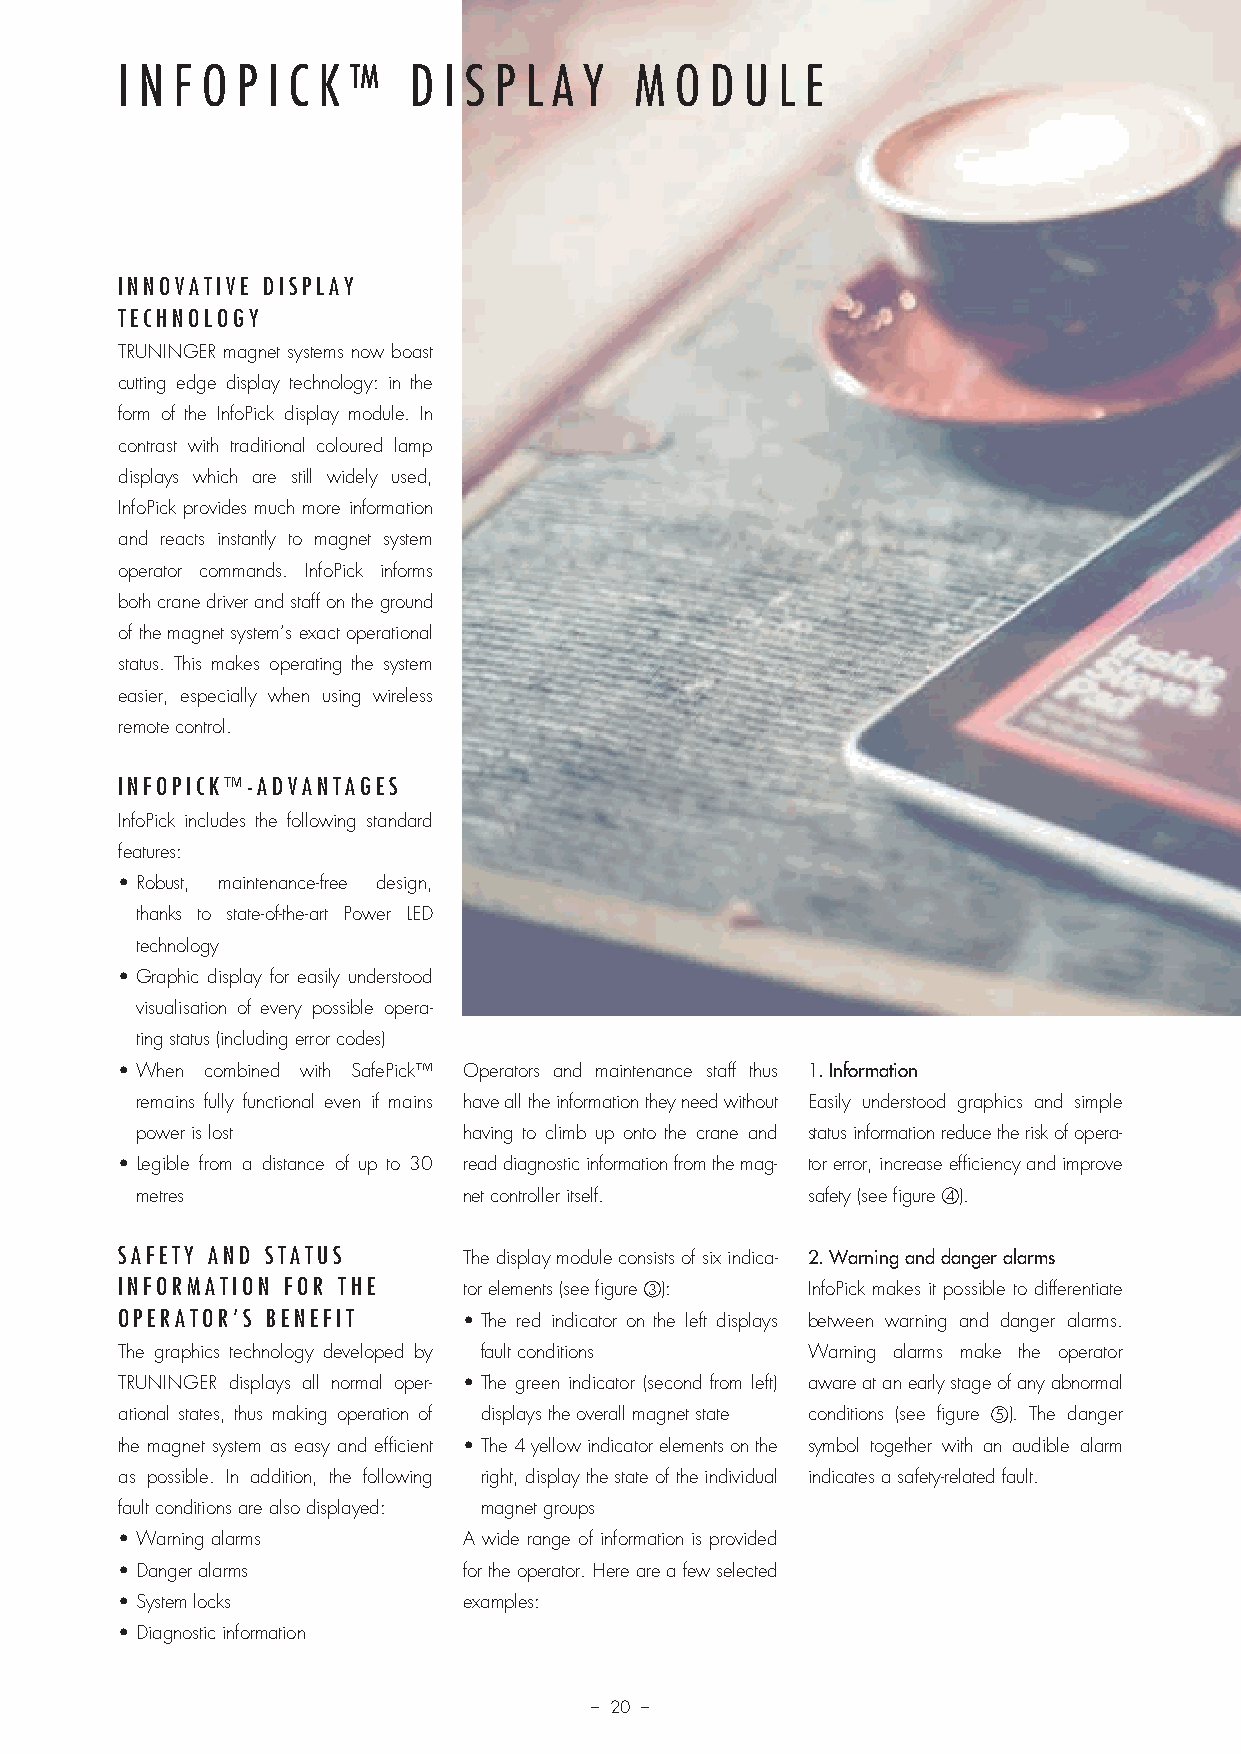
I N F O P I C K ™  D I S P L A Y  M  O D U L E
 INNOVATIVE DISPLAY
 TECHNOLOGY
 TRUNINGER magnet systems now boast
 cutting edge display technology: in the
 form of the InfoPick display module. In
 contrast with traditional coloured lamp
 displays which are still widely used,
 InfoPick provides much more information
 and reacts instantly to magnet system
 operator commands. InfoPick informs
 both crane driver and staff on the ground
 of the magnet system’s exact operational
 status. This makes operating the system
 easier, especially when using wireless
 remote control.
 INFOPICK™-ADVANTAGES
 InfoPick includes the following standard
 features:
 • Robust, maintenance-free design,
 thanks to state-of-the-art Power LED
 technology
 • Graphic display for easily understood
 visualisation of every possible opera-
 ting status (including error codes)
 • When combined with SafePick™ Operators and maintenance staff thus 1. Information
 remains fully functional even if mains have all the information they need without Easily understood graphics and simple
 power is lost         having to climb up onto the crane and status information reduce the risk of opera-
 • Legible from a distance of up to 30 read diagnostic information from the mag- tor error, increase efficiency and improve
 metres                net controller itself. safety (see figure 4).
 SAFETY AND STATUS      The display module consists of six indica- 2. Warning and danger alarms
 INFORMATION FOR THE    tor elements (see figure 3): InfoPick makes it possible to differentiate
 OPERATOR’S BENEFIT     • The red indicator on the left displays between warning and danger alarms.
 The graphics technology developed by fault conditions Warning alarms make the operator
 TRUNINGER displays all normal oper- • The green indicator (second from left) aware at an early stage of any abnormal
 ational states, thus making operation of displays the overall magnet state conditions (see figure 5). The danger
 the magnet system as easy and efficient • The 4 yellow indicator elements on the symbol together with an audible alarm
 as possible. In addition, the following right, display the state of the individual indicates a safety-related fault.
 fault conditions are also displayed: magnet groups
 • Warning alarms       A wide range of information is provided
 • Danger alarms        for the operator. Here are a few selected
 • System locks         examples:
 • Diagnostic information
 – 20 –
 Prosp Magnethebetech_v11.indd 20                                       08.12.11 13:57